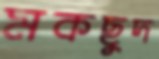
মকছুদ